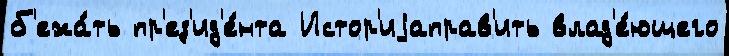
б'ежа́ть пр'ез'ид'е́нта Истор'иjаправ'ить влад'е́ющего